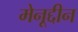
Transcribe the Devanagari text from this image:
मेनूद्दीन